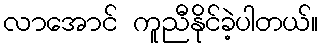
လာအောင် ကူညီနိုင်ခဲ့ပါတယ်။